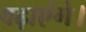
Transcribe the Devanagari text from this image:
बढ़ाएंगे।